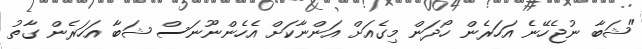
"ޝަބާ ނުޖެހޭނެ އަހަރެން ހޯދަން މިގެއަށް އަންނާކަށް އެހެންނޫނަސް ޝަބާ އަހަރެން ގާތު